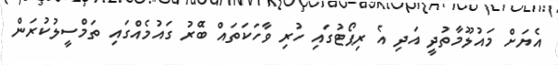
އެޔަށް މައުލޫމާތުދީ އަދި އެ ރިޕޯޓުގައި ހުރި ވާހަކަތައް ބޭުރު ގައުމެއްގައި ތަމްސީލުކުރަން